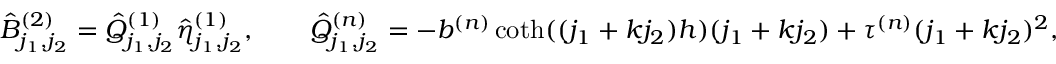
\hat { B } _ { j _ { 1 } , j _ { 2 } } ^ { ( 2 ) } = \hat { Q } _ { j _ { 1 } , j _ { 2 } } ^ { ( 1 ) } \hat { \eta } _ { j _ { 1 } , j _ { 2 } } ^ { ( 1 ) } , \qquad \hat { Q } _ { j _ { 1 } , j _ { 2 } } ^ { ( n ) } = - b ^ { ( n ) } \coth ( ( j _ { 1 } + k j _ { 2 } ) h ) ( j _ { 1 } + k j _ { 2 } ) + \tau ^ { ( n ) } ( j _ { 1 } + k j _ { 2 } ) ^ { 2 } ,